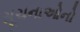
સૂચનાઓનો